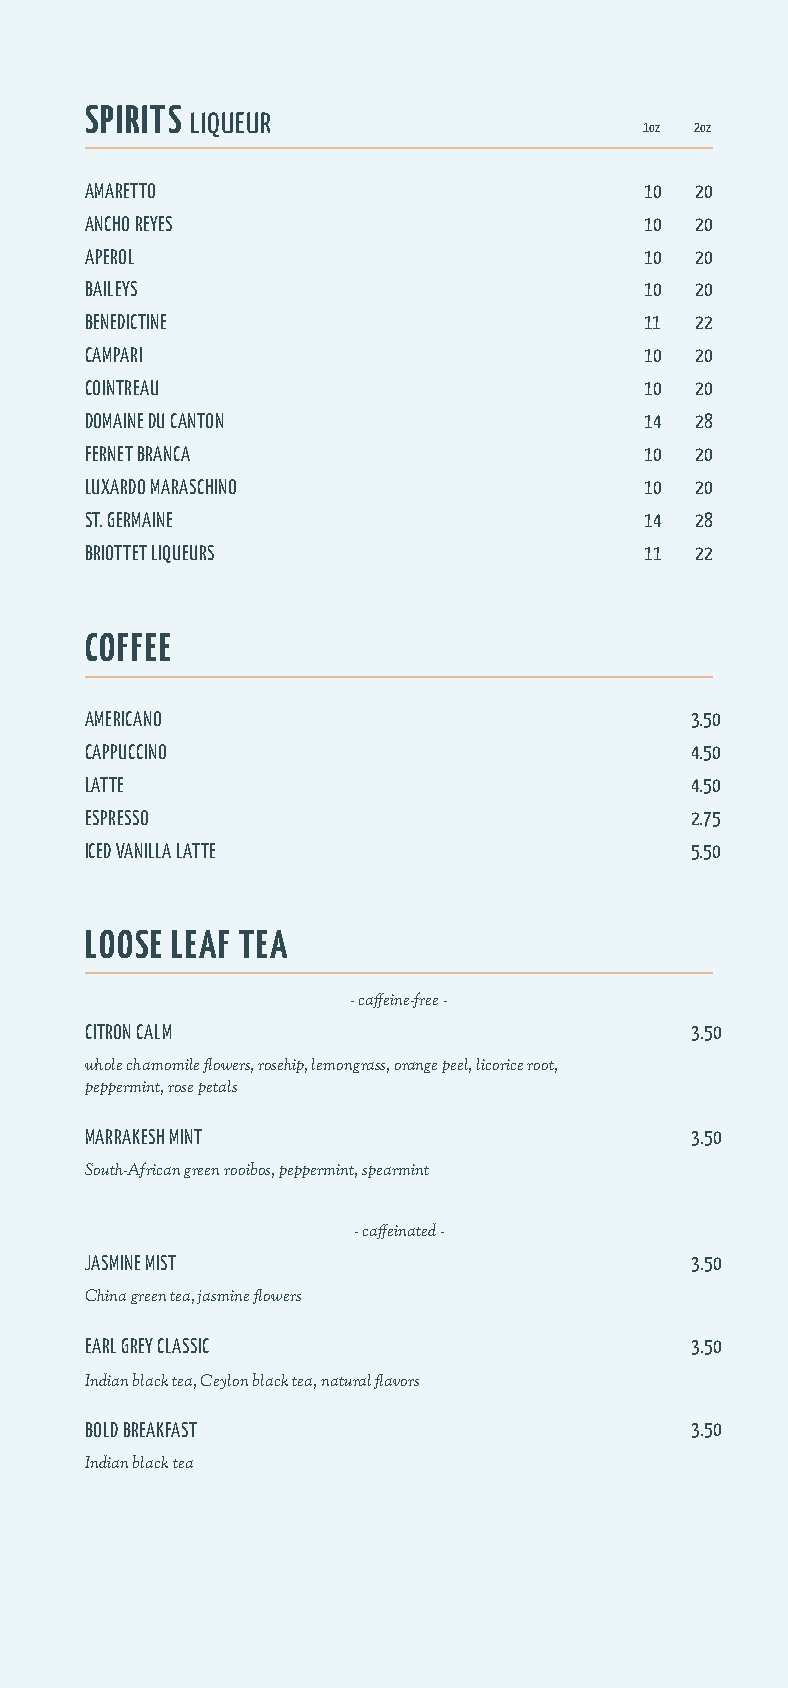
SPIRITS
 LIQUEUR
 1oz 2oz
 AMARETTO                             10 20
 ANCHO REYES                          10 20
 APEROL                               10 20
 BAILEYS                              10 20
 BENEDICTINE                          11 22
 CAMPARI                              10 20
 COINTREAU                            10 20
 DOMAINE DU CANTON                    14 28
 FERNET BRANCA                        10 20
 LUXARDO MARASCHINO                   10 20
 ST. GERMAINE                         14 28
 BRIOTTET LIQUEURS                    11 22
 COFFEE
 AMERICANO                               3.50
 CAPPUCCINO                              4.50
 LATTE                                   4.50
 ESPRESSO                                2.75
 ICED VANILLA LATTE                      5.50
 LOOSE LEAF TEA
 - caffeine-free -
 CITRON CALM                             3.50
 whole chamomile flowers, rosehip, lemongrass, orange peel, licorice root,
 peppermint, rose petals
 MARRAKESH MINT                          3.50
 South-African green rooibos, peppermint, spearmint
 - caffeinated -
 JASMINE MIST                            3.50
 China green tea, jasmine flowers
 EARL GREY CLASSIC                       3.50
 Indian black tea, Ceylon black tea, natural flavors
 BOLD BREAKFAST                          3.50
 Indian black tea